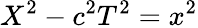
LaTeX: X^{2}-c^{2}T^{2}=x^{2}